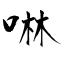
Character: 啉